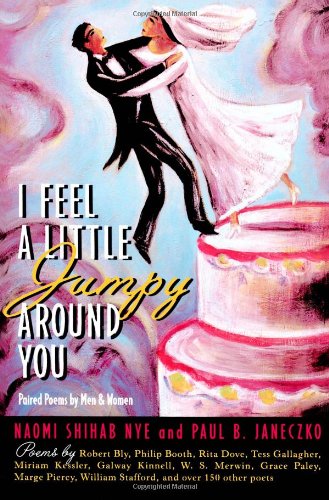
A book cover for I Feel a Little Jumpy Around You : A Book of Her Poems & His Poems Collected in Pairs; Naomi Shihab Nye; Teen & Young Adult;